NAE_eestikeelseid_kaarte, lk 1
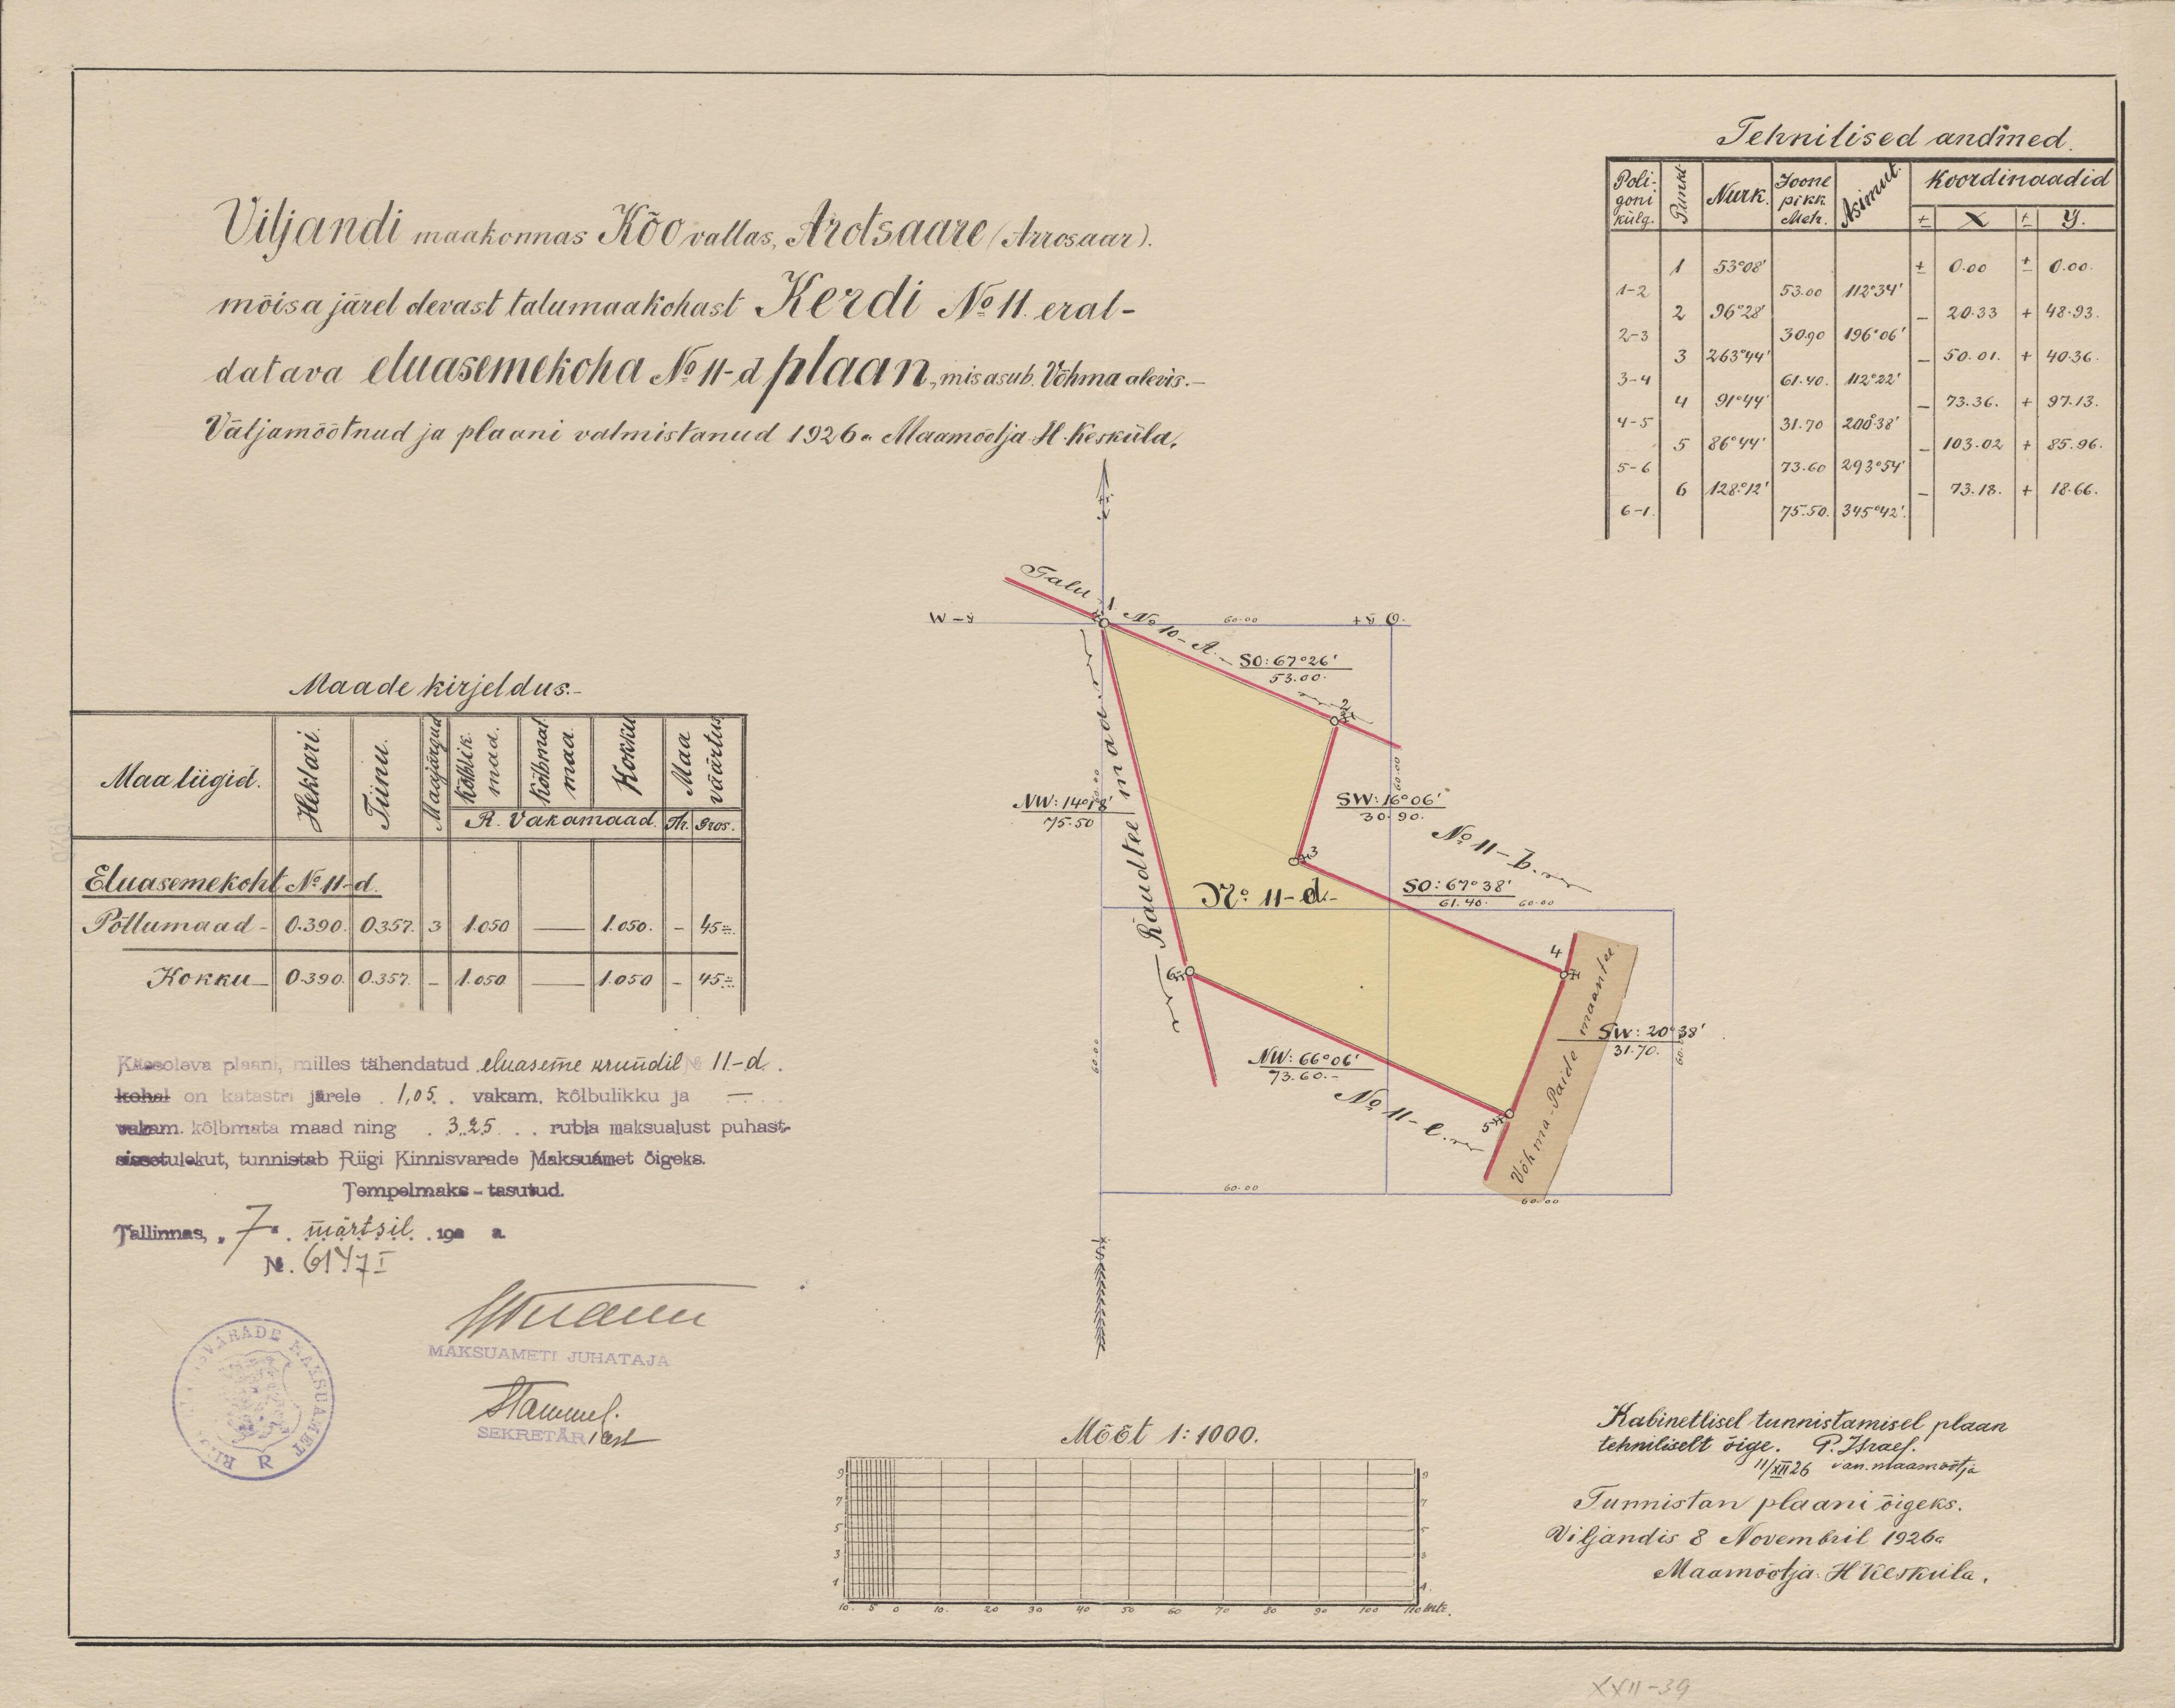
Viljandi maakonnas Kõo vallas, Arotsaare (Arrosaar),
mõisa järel olevast talumaakohast Kerdi No: 11. eral-
datava eluasemekoha No: 11-d plaan, mis asub Võhma alevis.
Väljamõõtnud ja plaani valmistanud 1926 a Maamõõtja. H. Kesküla.
Maade kirjeldus.
Maa liigid.
Eluasemekoht No: 11-d
Põllumaad
Käesoleva plaani, milles tähendatud eluaseme krundil No: 11-d
kohal on katastri järele 1,05, vakam. kõlbulikku ja
vakam. kõlbmata maad ning 325 rubla maksualust puhast
sissetulekut, tunnistab Riigi Kinniswarade Maksuamet õigeks.
Tempelmaks - tasutud.
Tallinnas, "7" märtsuk 192 a.
N. 6147 I
MAKSUAMETI JUHATAJA
Mõõt 1:1000.

Tehnilised andmed
koordinaadid
Poli
Joone
Nurk
pikk.
goni
Metr.
X
külg.
Y.
Kabinetlisel tunnistamisel plaan
tehniliselt õige. P. Israel.
11/XII 26 van.maamõõtja
Tunnistan plaani õigeks.
Viljandis 8 Novembril 1926a
Maamõõtja. H Kesküla.